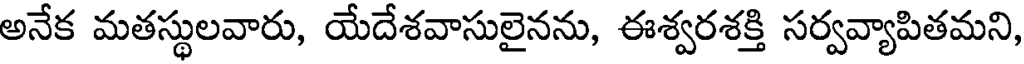
అనేక మతస్థులవారు, యేదేశవాసులైనను, ఈశ్వరశక్తి సర్వవ్యాపితమని,